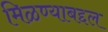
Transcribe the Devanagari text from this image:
मिळण्याबद्दल